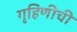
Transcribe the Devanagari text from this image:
गृहिणीची